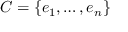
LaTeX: C = \{ e _ { 1 } , \ldots , e _ { n } \}